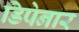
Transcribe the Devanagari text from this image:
डिपेनार